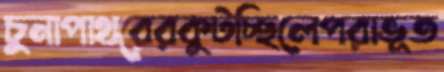
চুনাপাথরেরকুটচ্ছিলেপরাভূত